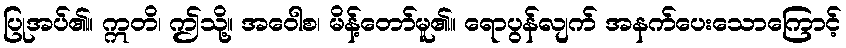
ပြုအပ်၏။ ဣတိ၊ ဤသို့။ အဝေါစ၊ မိန့်တော်မူ၏။ ရောပွန်လျက် အနက်ပေးသောကြောင့်